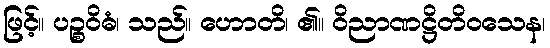
ဖြင့်။ ပဉ္စဝိဓံ၊ သည်။ ဟောတိ၊ ၏။ ဝိညာဏဋ္ဌိတိဝသေန၊